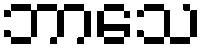
ဘာသေ